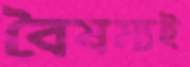
বৈষম্যই